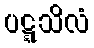
ပဋ္ဋသိလံ